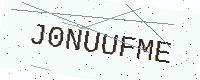
Text: J0NUUFME